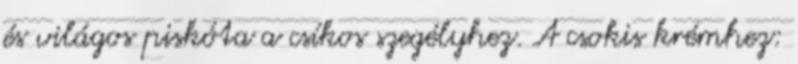
és világos piskóta a csíkos szegélyhez. A csokis krémhez: